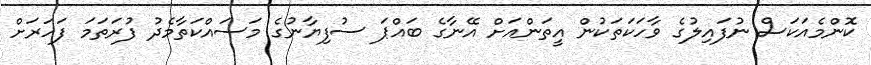
ކޮންމެއަކަސް ނުފައިލުގެ ވާހަކަތަކުން އީތަންއަށް އޭނާގެ ބައްޕަ ސުފިޔާނުގެ މަސައްކަތާމެދު ފުރަތަމަ ފަހަރަށް